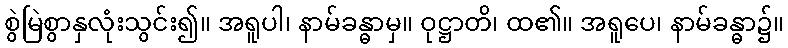
စွဲမြဲစွာနှလုံးသွင်း၍။ အရူပါ၊ နာမ်ခန္ဓာမှ။ ဝုဋ္ဌာတိ၊ ထ၏။ အရူပေ၊ နာမ်ခန္ဓာ၌။